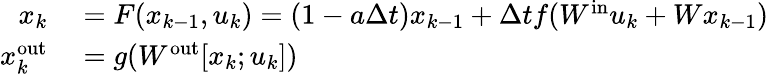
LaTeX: \begin{array}{rl}{x_{k}}&{{}=F(x_{k-1},u_{k})=\left(1-a\Delta t\right)x_{k-1}+\Delta tf(W^{\mathrm{in}}u_{k}+Wx_{k-1})}\\ {x_{k}^{\mathrm{out}}}&{{}=g(W^{\mathrm{out}}[x_{k};u_{k}])}\end{array}